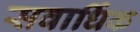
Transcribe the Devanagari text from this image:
सवार्धिक